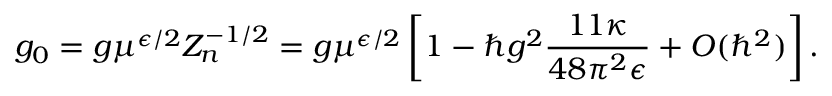
g _ { 0 } = g \mu ^ { \epsilon / 2 } Z _ { n } ^ { - 1 / 2 } = g \mu ^ { \epsilon / 2 } \left[ 1 - \hbar g ^ { 2 } \frac { 1 1 \kappa } { 4 8 \pi ^ { 2 } \epsilon } + { \cal O } ( \hbar ^ { 2 } ) \right] .